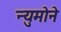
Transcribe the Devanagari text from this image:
न्युमोने